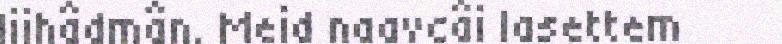
liihâdmân. Meid naavcâi lasettem